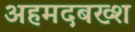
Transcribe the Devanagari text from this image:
अहमदबख्श